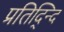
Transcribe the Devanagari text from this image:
प्रतिद्न्दि